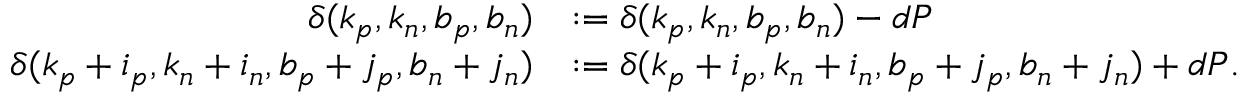
\begin{array} { r l } { \delta ( k _ { p } , k _ { n } , b _ { p } , b _ { n } ) } & { : = \delta ( k _ { p } , k _ { n } , b _ { p } , b _ { n } ) - d P } \\ { \delta ( k _ { p } + i _ { p } , k _ { n } + i _ { n } , b _ { p } + j _ { p } , b _ { n } + j _ { n } ) } & { : = \delta ( k _ { p } + i _ { p } , k _ { n } + i _ { n } , b _ { p } + j _ { p } , b _ { n } + j _ { n } ) + d P . } \end{array}